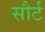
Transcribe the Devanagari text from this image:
सौर्ट